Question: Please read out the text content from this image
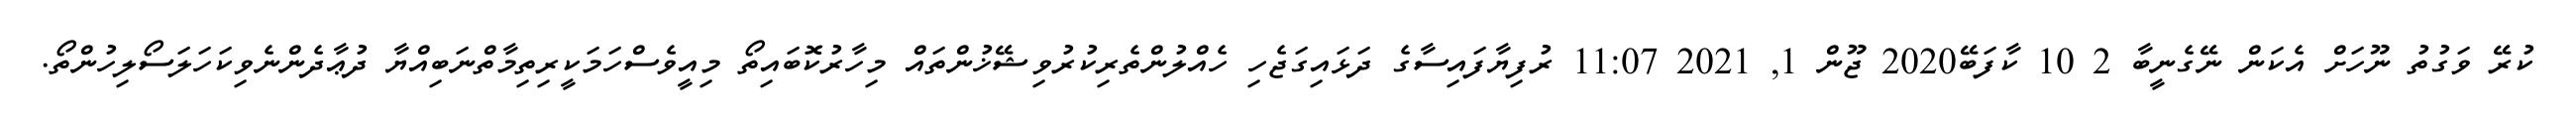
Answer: ކުރޭ ވަގުތު ނޫހަށް އެކަން ނޭގެނީބާ 2 10 ކާފަބޭ2020 ޖޫން 1, 2021 11:07 ރުފިޔާފައިސާގެ ދަޅައިގަޖެހި ހެއްލުންތެރިކުރުވިޝޭޚުންތައް މިހާރުކޮބައިތޯ މިއީވެސްހަމަކީރިތިމާތްނަބިއްޔާ ދުޢާދެންނެވިކަހަލަސޯލިހުންތޯ.